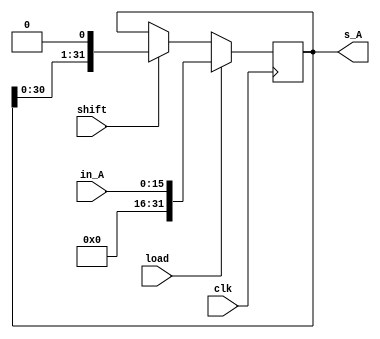
module lsr (clk , in_A , shift , load , s_A);
  input clk;
  input [15:0]in_A;
  input load;
  input shift;
  output reg [31:0]s_A;

always @(negedge clk)
  if(load)
     s_A = in_A ;
  else
   begin
    if(shift) s_A = s_A << 1 ;
    else  s_A = s_A;
   end

endmodule